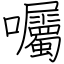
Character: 囑